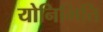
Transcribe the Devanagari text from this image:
योनिभित्ति